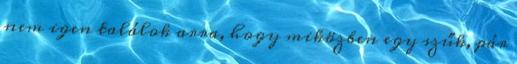
nem igen találok arra, hogy miközben egy szűk, pár